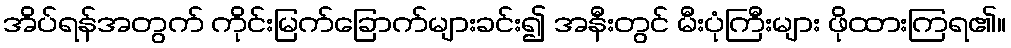
အိပ်ရန်အတွက် ကိုင်းမြက်ခြောက်များခင်း၍ အနီးတွင် မီးပုံကြီးများ ဖိုထားကြရ၏။